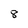
Character: 8